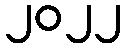
၂၀၂၂